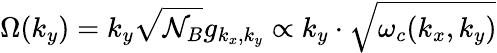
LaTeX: {\Omega}(k_{y})=k_{y}\sqrt{\mathcal{N}_{B}}g_{k_{x},k_{y}}\propto k_{y}\cdot\sqrt{\omega_{c}(k_{x},k_{y})}